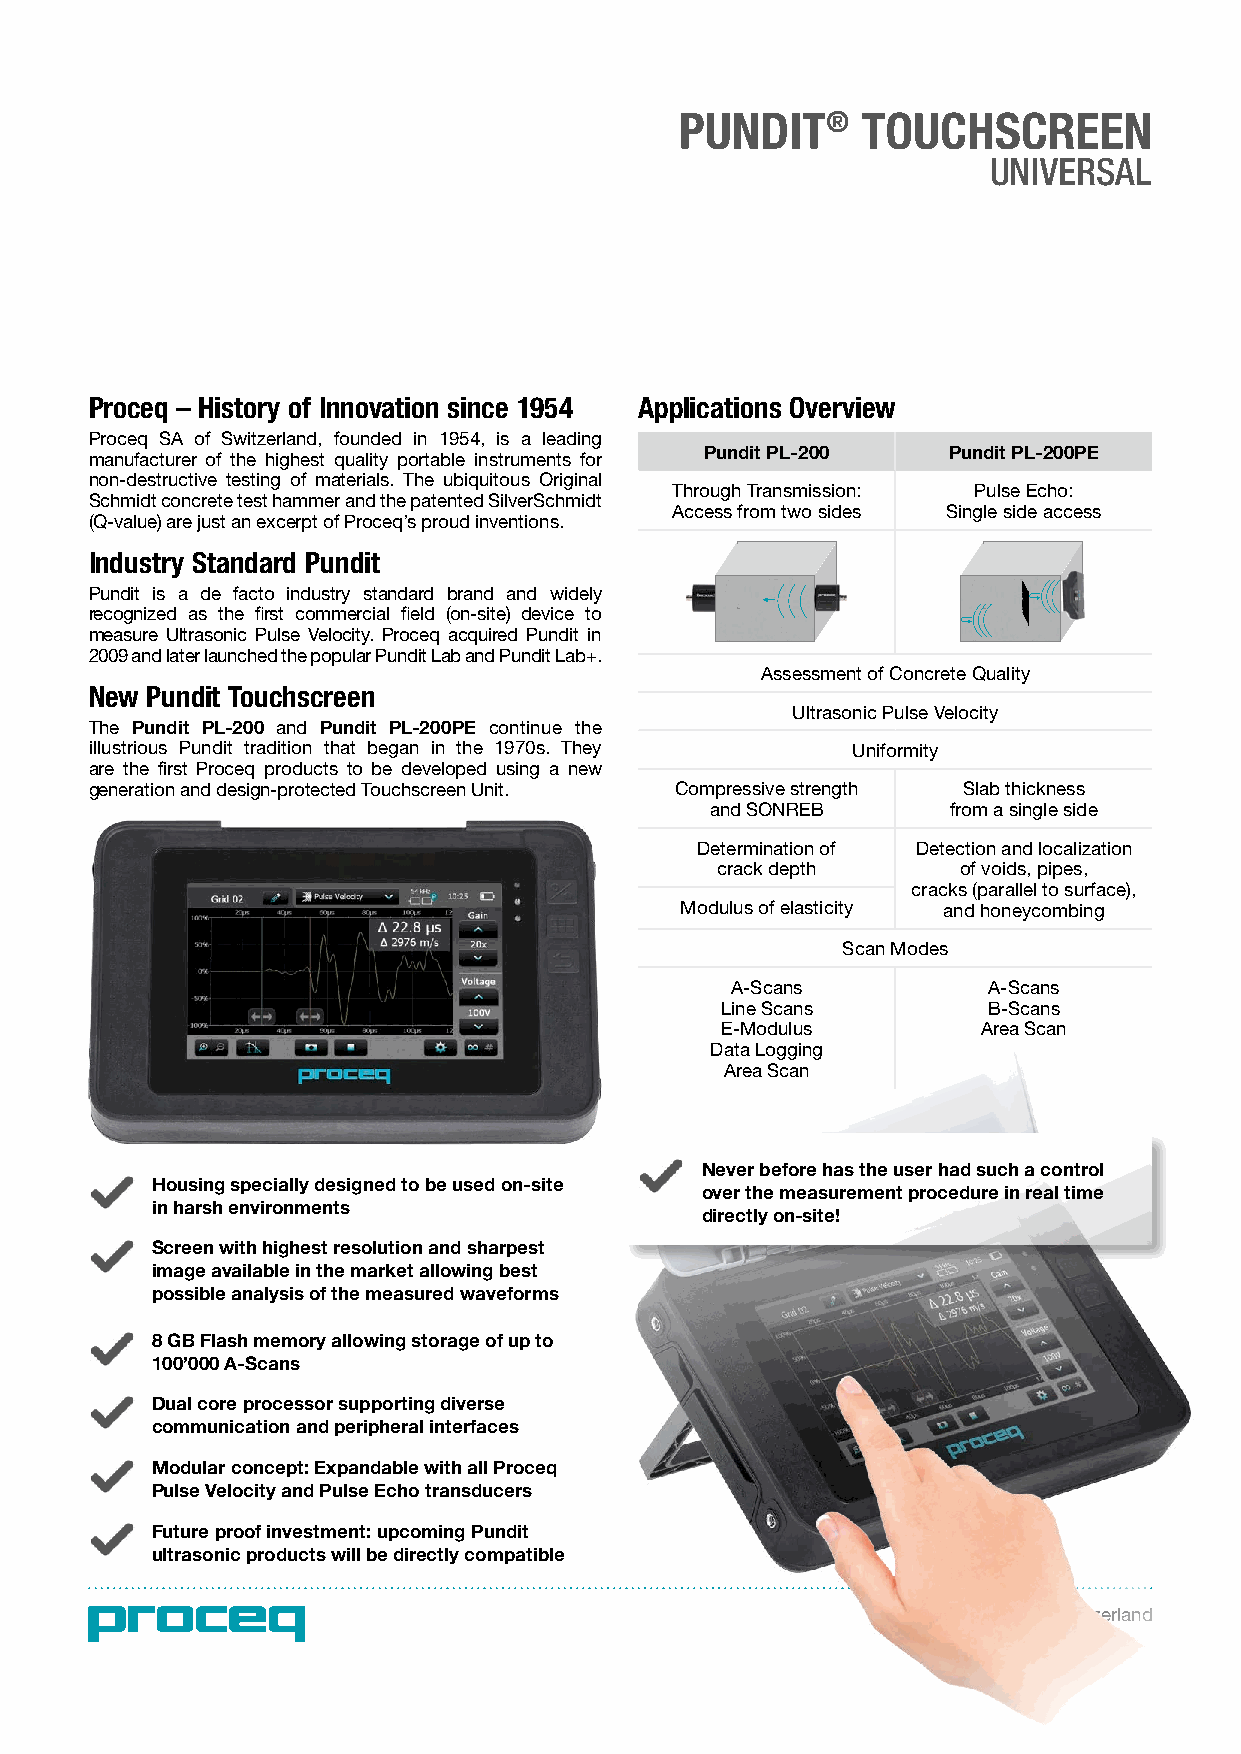
PUNDIT®     TOUCHSCREEN
 UNIVERSAL
 Proceq – History of Innovation since 1954 Applications Overview
 Proceq SA of Switzerland, founded in 1954, is a leading
 Pundit PL-200   Pundit PL-200PE
 manufacturer of the highest quality portable instruments for
 non-destructive testing of materials. The ubiquitous Original
 Through Transmission: Pulse Echo:
 Schmidt concrete test hammer and the patented SilverSchmidt
 Access from two sides Single side access
 (Q-value) are just an excerpt of Proceq’s proud inventions.
 Industry Standard Pundit
 Pundit is a de facto industry standard brand and widely
 recognized as the first commercial field (on-site) device to
 measure Ultrasonic Pulse Velocity. Proceq acquired Pundit in
 2009 and later launched the popular Pundit Lab and Pundit Lab+.
 Assessment of Concrete Quality
 New Pundit Touchscreen
 Ultrasonic Pulse Velocity
 The Pundit PL-200 and Pundit PL-200PE continue the
 illustrious Pundit tradition that began in the 1970s. They Uniformity
 are the first Proceq products to be developed using a new
 generation and design-protected Touchscreen Unit. Compressive strength Slab thickness
 and SONREB      from a single side
 Determination of Detection and localization
 crack depth      of voids, pipes,
 cracks (parallel to surface),
 Modulus of elasticity and honeycombing
 Scan Modes
 A-Scans          A-Scans
 Line Scans       B-Scans
 E-Modulus        Area Scan
 Data Logging
 Area Scan
 Never before has the user had such a control
 Housing specially designed to be used on-site
 over the measurement procedure in real time
 in harsh environments
 directly on-site!
 Screen with highest resolution and sharpest
 image available in the market allowing best
 possible analysis of the measured waveforms
 8 GB Flash memory allowing storage of up to
 100’000 A-Scans
 Dual core processor supporting diverse
 communication and peripheral interfaces
 Modular concept: Expandable with all Proceq
 Pulse Velocity and Pulse Echo transducers
 Future proof investment: upcoming Pundit
 ultrasonic products will be directly compatible
 Made in Switzerland